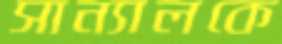
সান্যালকে